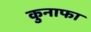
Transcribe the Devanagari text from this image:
कुनाफा